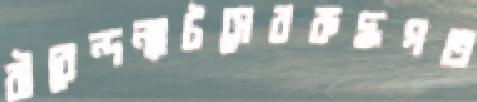
বীরেন্দন্যাটসেররুদ্ধগত